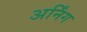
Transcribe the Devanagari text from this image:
अर्निंग